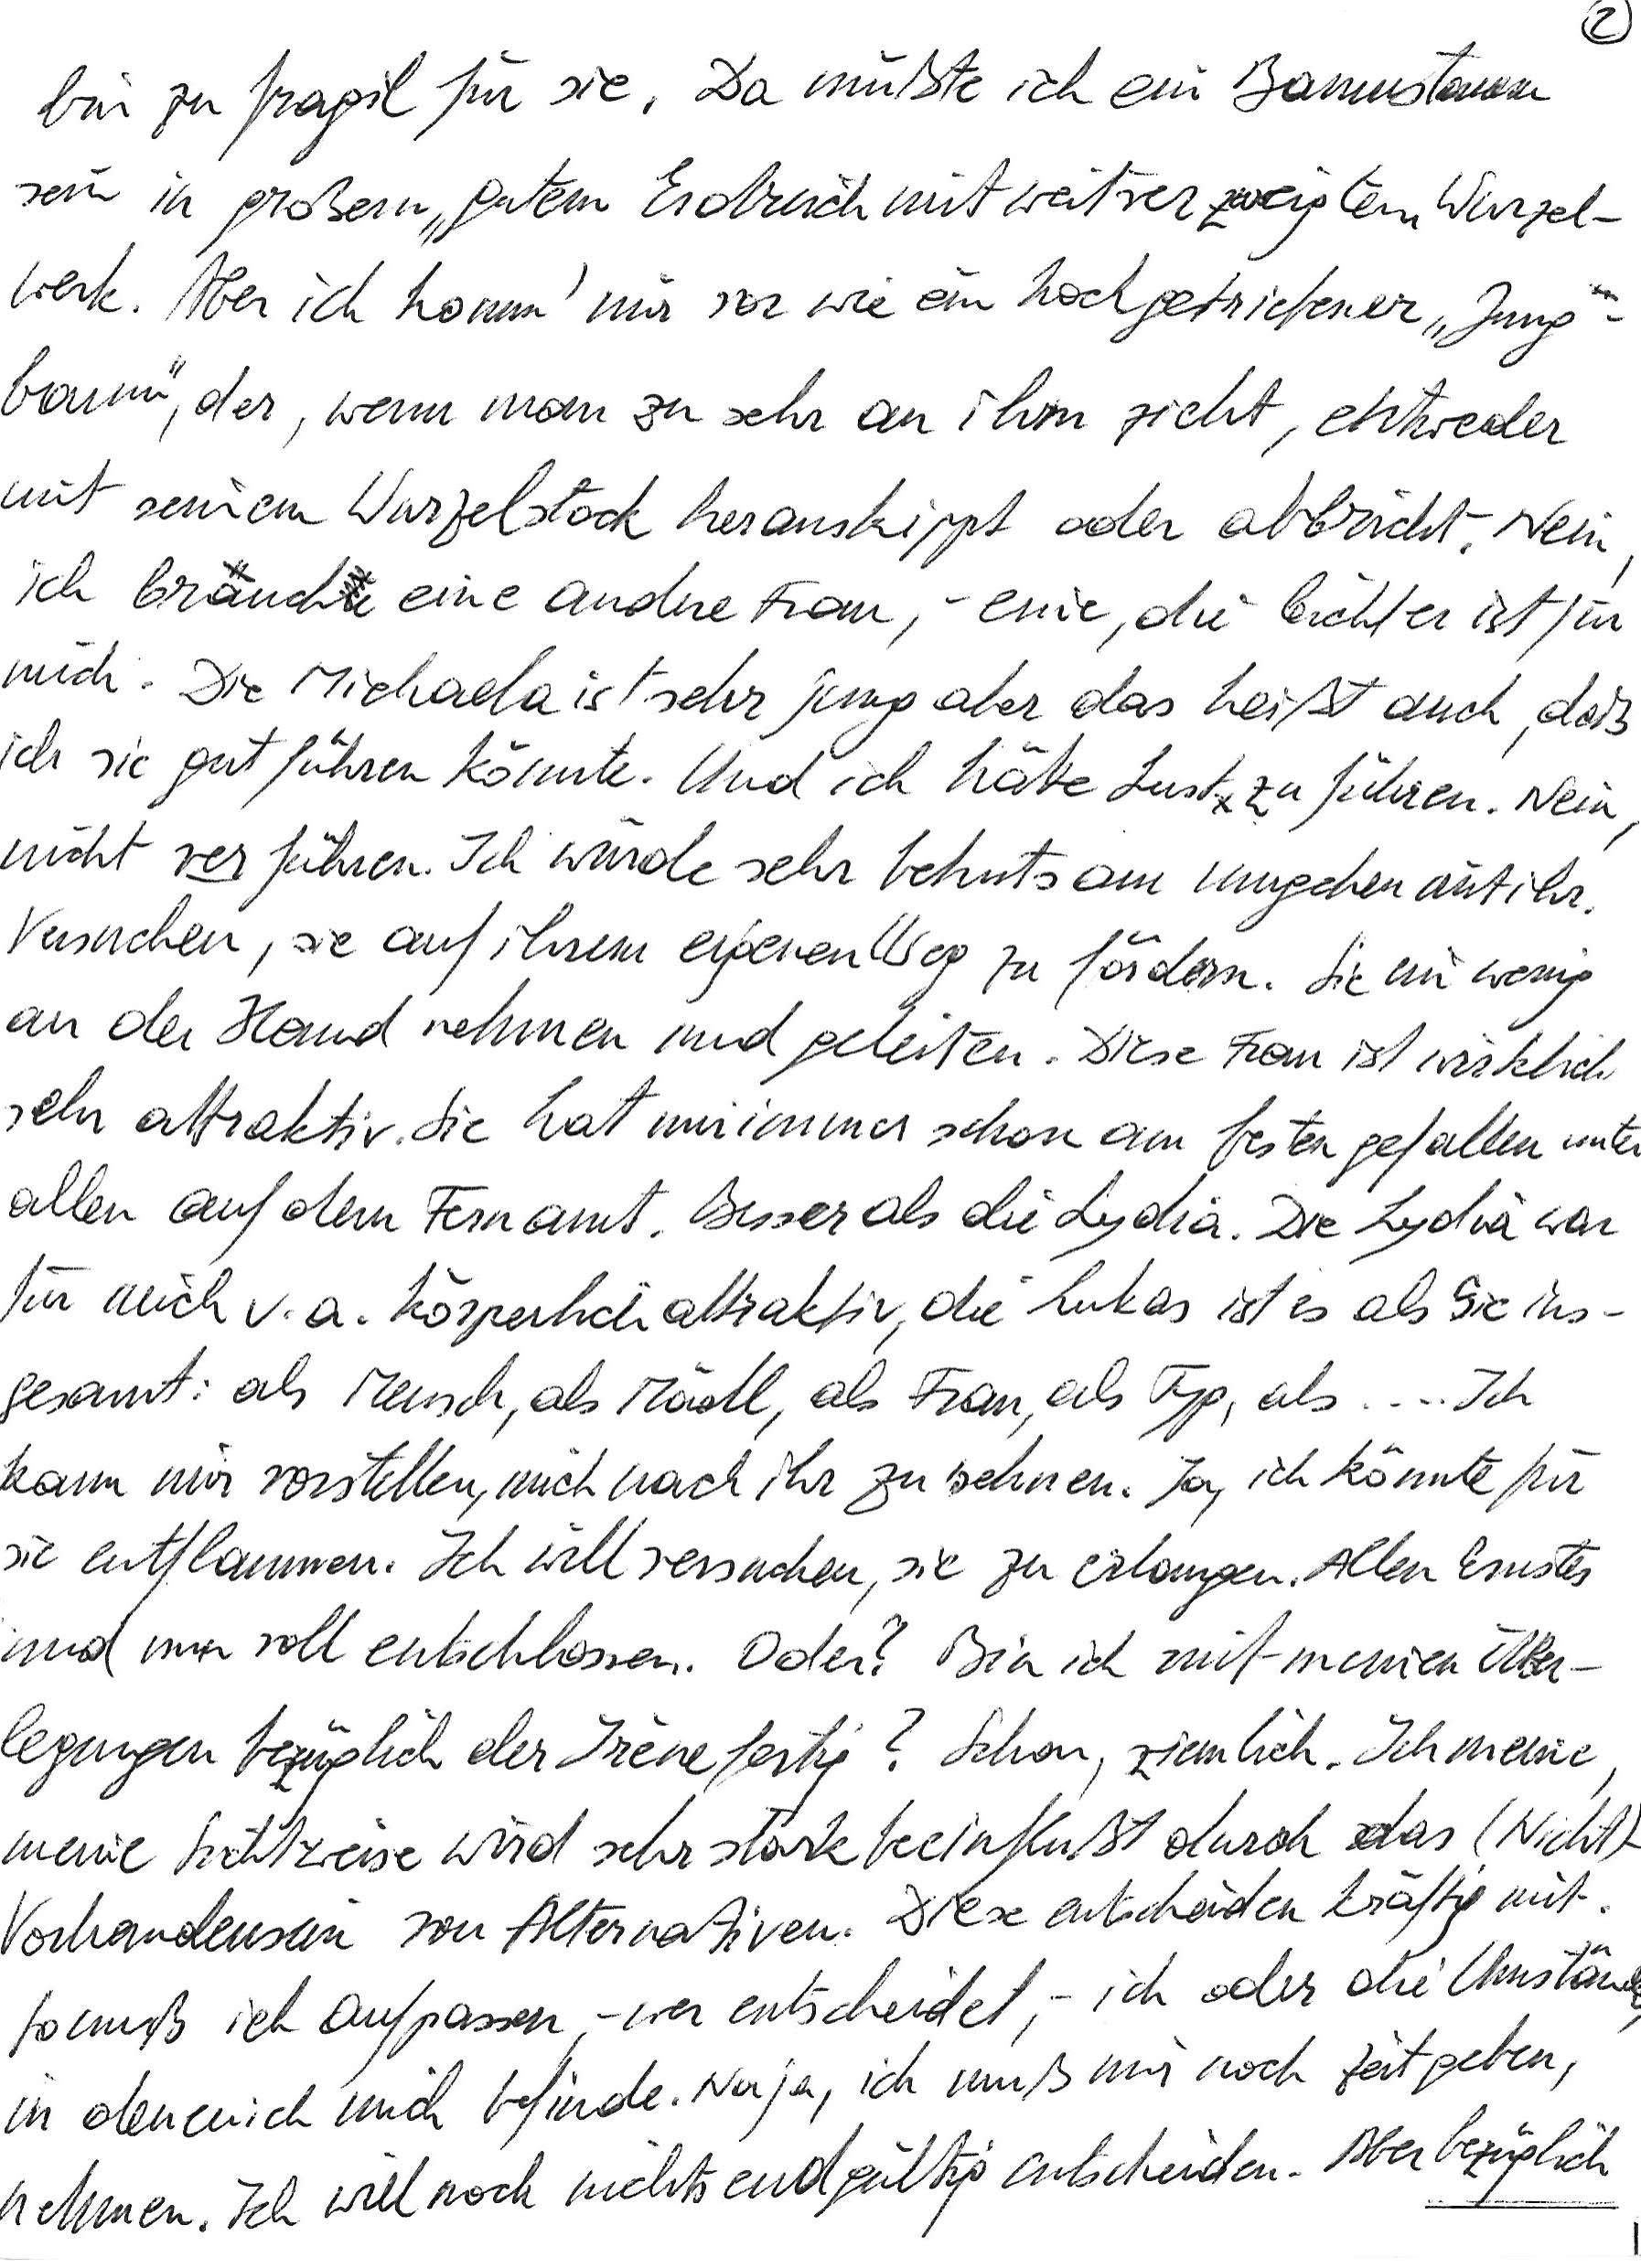
bin zu fragil für sie. Da müßte ich ein Baumstamm
sein in großem, gutem Erdreich mit weitverzweigtem Wurzel-
werk. Aber ich komm‘ mir vor wie ein hochgetriebener „Jung-
baum“, der, wenn man zu sehr an ihm zieht, entweder
mit seinem Wurzelstock herauskippt oder abbricht. Nein,
ich brauche eine andere Frau, – eine, die leichter ist für
mich. Die Michaela ist sehr jung aber das heißt auch, daß
ich sie gut führen könnte. Und ich hätte Lust zu führen. Nein,
nicht verführen. Ich würde sehr behutsam umgehen mit ihr.
Versuchen, sie auf ihrem eigenen Weg zu fördern. Sie ein wenig
an der Hand nehmen und geleiten. Diese Frau ist wirklich
sehr attraktiv. Sie hat mir immer schon am besten gefallen unter
allen auf dem Fernamt. Besser als die Lydia. Die Lydia war
für mich v. a. körperlich attraktiv, die Lukas ist es als Sie ins-
gesamt: als Mensch, als Mädl, als Frau, als Typ, als … Ich
kann mir vorstellen, mich nach ihr zu sehnen. Ja, ich könnte für
sie entflammen. Ich will versuchen, sie zu erlangen. Allen Ernstes
und nun voll entschlossen. Oder? Bin ich mit meinen Über-
legungen bezüglich der Irène fertig? Schon, ziemlich. Ich meine,
meine Sichtweise wird sehr stark beeinflußt durch das (Nicht)-
Vorhandensein von Alternativen. Diese entscheiden kräftig mit.
So muß ich aufpassen, – wer entscheidet, – ich oder die Umstände,
in denen ich mich befinde. Naja, ich muß mir noch Zeit geben,
nehmen. Ich will noch nichts endgültig entscheiden. Aber bezüglich